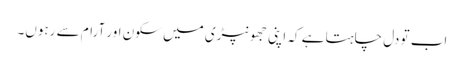
اب تو دل چاہتا ہے کہ اپنی جھونپڑی میں سکون اور آرام سے رہوں۔